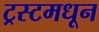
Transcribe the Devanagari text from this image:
ट्रस्टमधून